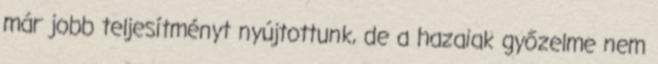
már jobb teljesítményt nyújtottunk, de a hazaiak győzelme nem